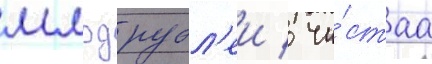
млрд рубл'еи / чи́стаа